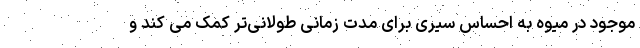
موجود در میوه به احساس سیری برای مدت زمانی طولانی‌تر کمک می کند و